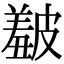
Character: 𥀞